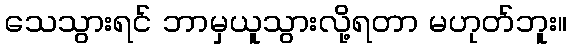
သေသွားရင် ဘာမှယူသွားလို့ရတာ မဟုတ်ဘူး။